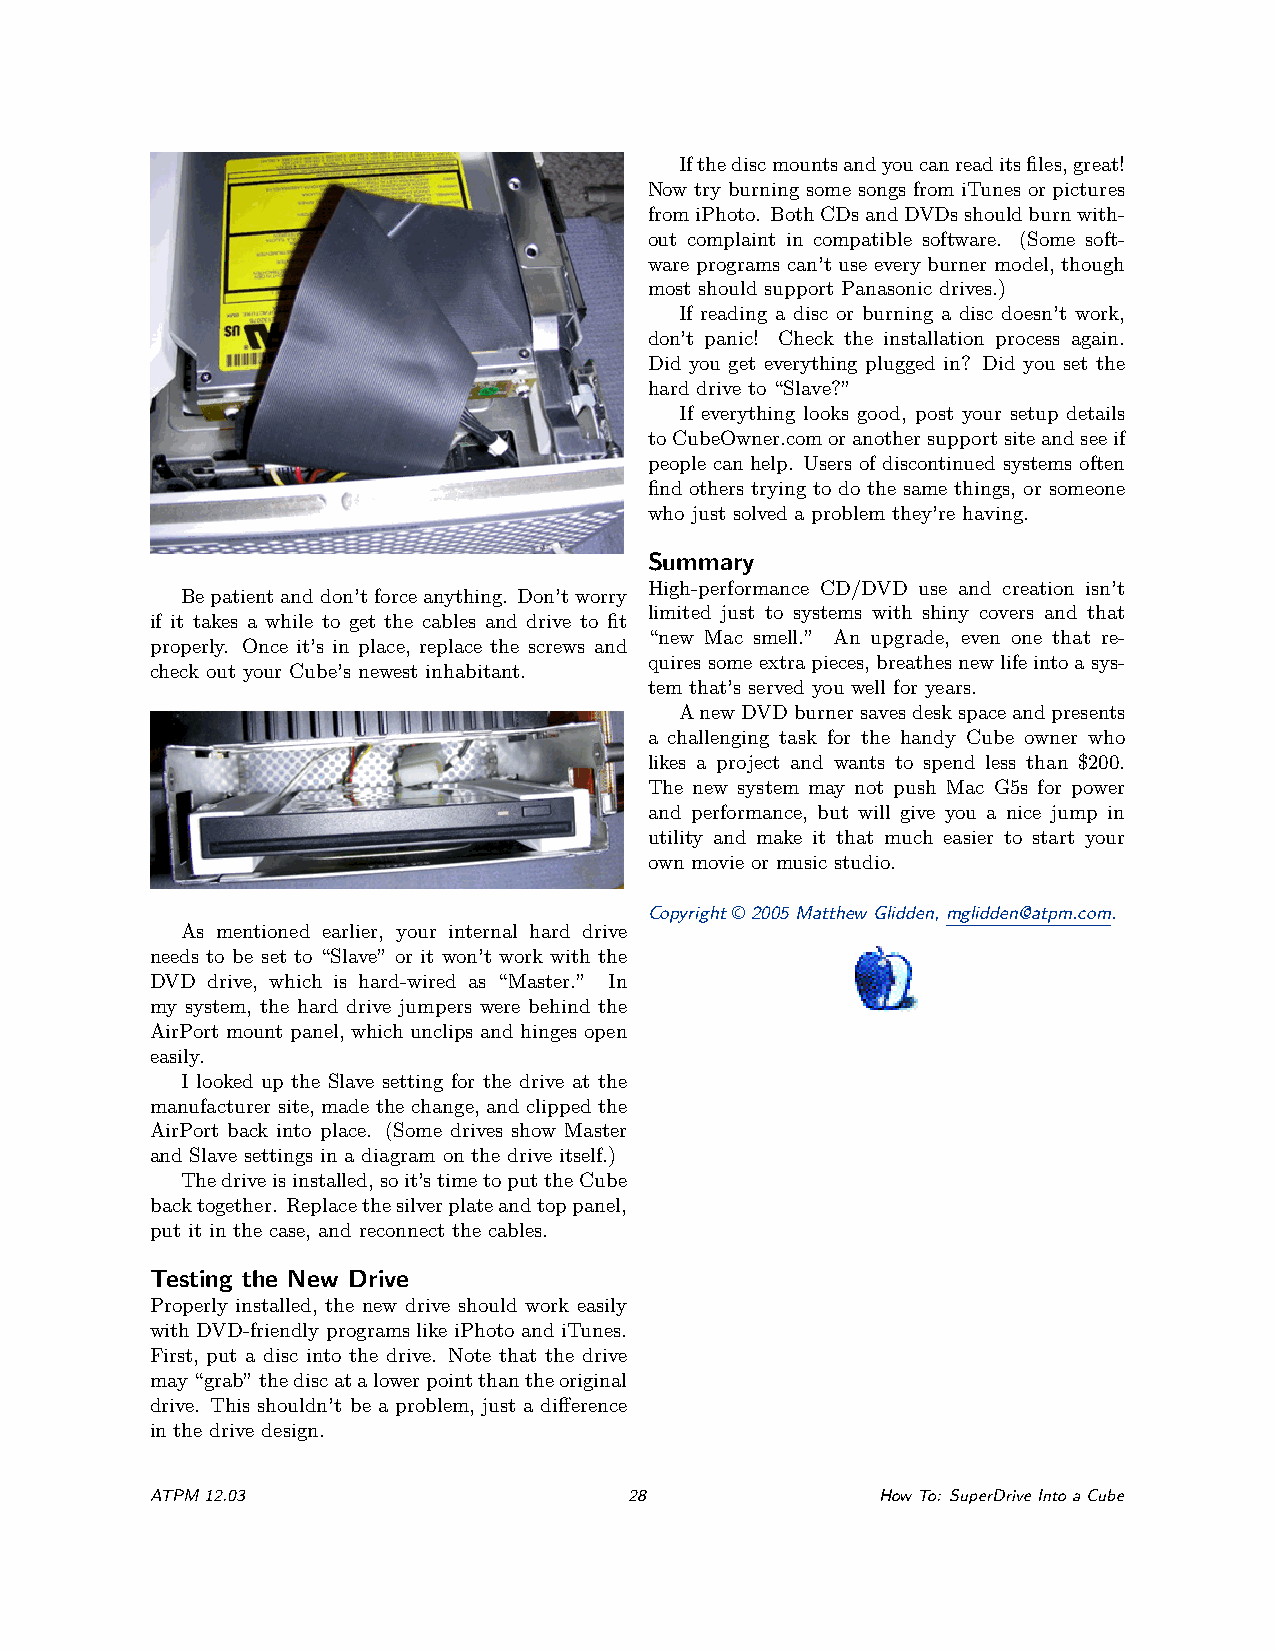
Ifthediscmountsandyoucanreaditsfiles,great!
 Now try burning some songs from iTunes or pictures
 fromiPhoto. BothCDsandDVDsshouldburnwith-
 out complaint in compatible software. (Some soft-
 ware programs can’t use every burner model, though
 most should support Panasonic drives.)
 If reading a disc or burning a disc doesn’t work,
 don’t panic! Check the installation process again.
 Did you get everything plugged in? Did you set the
 hard drive to “Slave?”
 If everything looks good, post your setup details
 toCubeOwner.comoranothersupportsiteandseeif
 people can help. Users of discontinued systems often
 find others trying to do the same things, or someone
 who just solved a problem they’re having.
 Summary
 High-performance CD/DVD use and creation isn’t
 Bepatientanddon’tforceanything. Don’tworry
 limited just to systems with shiny covers and that
 if it takes a while to get the cables and drive to fit
 “new Mac smell.” An upgrade, even one that re-
 properly. Once it’s in place, replace the screws and
 quiressomeextrapieces,breathesnewlifeintoasys-
 check out your Cube’s newest inhabitant.
 tem that’s served you well for years.
 AnewDVDburnersavesdeskspaceandpresents
 a challenging task for the handy Cube owner who
 likes a project and wants to spend less than $200.
 The new system may not push Mac G5s for power
 and performance, but will give you a nice jump in
 utility and make it that much easier to start your
 own movie or music studio.
 Copyright © 2005 Matthew Glidden, mglidden@atpm.com.
 As mentioned earlier, your internal hard drive
 needs to be set to “Slave” or it won’t work with the
 DVD drive, which is hard-wired as “Master.” In
 my system, the hard drive jumpers were behind the
 AirPort mount panel, which unclips and hinges open
 easily.
 I looked up the Slave setting for the drive at the
 manufacturer site, made the change, and clipped the
 AirPort back into place. (Some drives show Master
 and Slave settings in a diagram on the drive itself.)
 Thedriveisinstalled,soit’stimetoputtheCube
 backtogether. Replacethesilverplateandtoppanel,
 put it in the case, and reconnect the cables.
 Testing the New Drive
 Properly installed, the new drive should work easily
 with DVD-friendly programs like iPhoto and iTunes.
 First, put a disc into the drive. Note that the drive
 may“grab”thediscatalowerpointthantheoriginal
 drive. This shouldn’t be a problem, just a difference
 in the drive design.
 ATPM12.03                       28              HowTo: SuperDriveIntoaCube